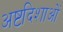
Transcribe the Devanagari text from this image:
अष्टदिशाओं